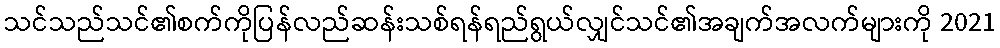
သင်သည်သင်၏စက်ကိုပြန်လည်ဆန်းသစ်ရန်ရည်ရွယ်လျှင်သင်၏အချက်အလက်များကို 2021